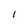
Character: 1